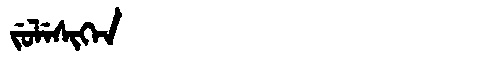
Manchu: ᠵᡠᠯᡝᠰᡳᡴᡝᠨ
Romanization: JULESIKEN